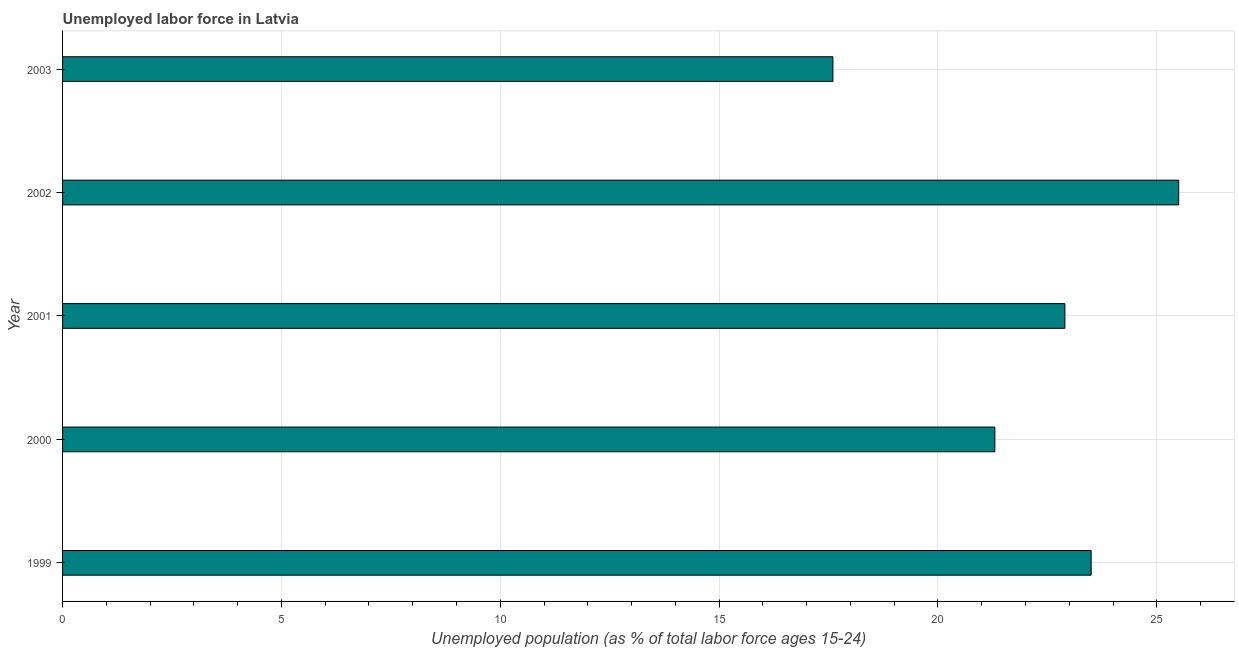
| Year | Unemployment |
 | --- | --- |
 | 1999 | 23.5 |
 | 2000 | 21.3 |
 | 2001 | 22.9 |
 | 2002 | 25.5 |
 | 2003 | 17.6 |